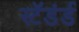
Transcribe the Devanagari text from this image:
स्टॅडंर्ड